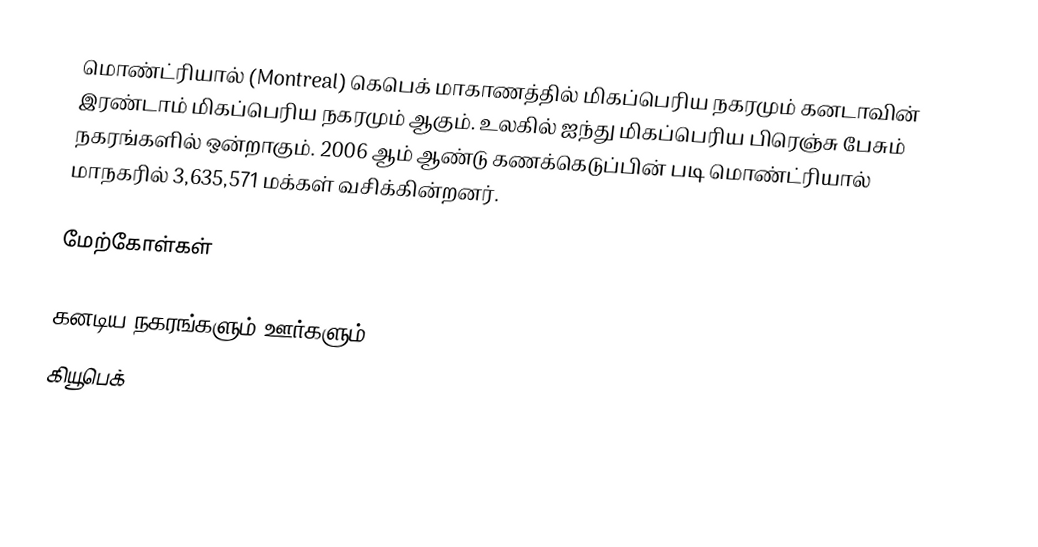
மொண்ட்ரியால் (Montreal) கெபெக் மாகாணத்தில் மிகப்பெரிய நகரமும் கனடாவின் இரண்டாம் மிகப்பெரிய நகரமும் ஆகும். உலகில் ஐந்து மிகப்பெரிய பிரெஞ்சு பேசும் நகரங்களில் ஒன்றாகும். 2006 ஆம் ஆண்டு கணக்கெடுப்பின் படி மொண்ட்ரியால் மாநகரில் 3,635,571 மக்கள் வசிக்கின்றனர்.

மேற்கோள்கள்

கனடிய நகரங்களும் ஊர்களும்
கியூபெக்